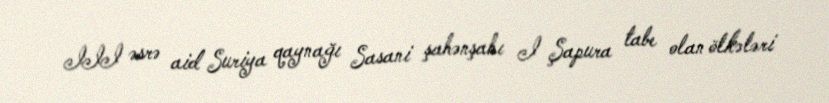
III əsrə aid Suriya qaynağı Sasani şahənşahı I Şapura tabe olan ölkələri